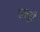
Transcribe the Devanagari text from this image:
पाल्ट्री